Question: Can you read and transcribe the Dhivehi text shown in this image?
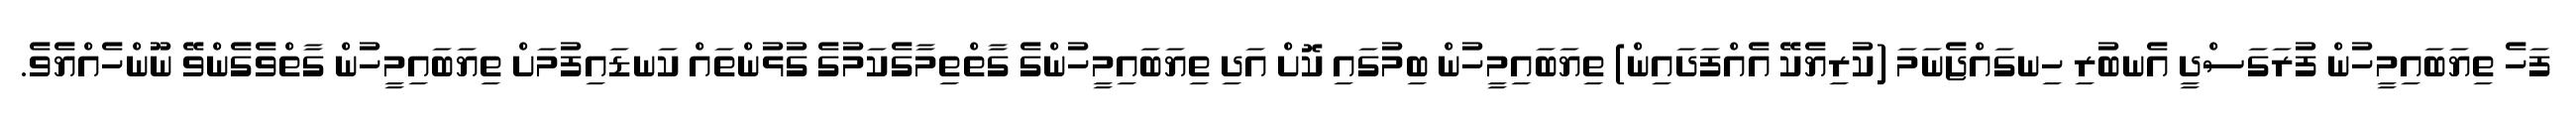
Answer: ފަހެ ތިޔަބައިމީހުން ފުރަގަސްދީ އެނބުރި ހިނގައްޖެނަމަ (ކުރިޔެކޭ އެއްފަދައިން) ތިޔަބައިމީހުން ބިމުގައި ކޮށް އަދި ތިޔަބައިމީހުންގެ ގާތްތިމާގެކަމުގެ ގުޅުންތައް ކަނޑައިފުމަށް ތިޔަބައިމީހުން ގާތްވެގެންވޭ ނޫންހެއްޔެވެ.